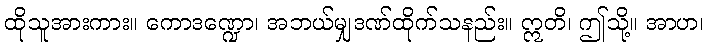
ထိုသူအားကား။ ကောဒဏ္ဍော၊ အဘယ်မျှဒဏ်ထိုက်သနည်း။ ဣတိ၊ ဤသို့။ အာဟ၊